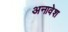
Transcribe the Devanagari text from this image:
अनावेश